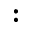
: